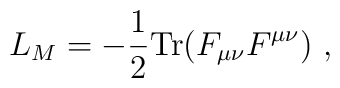
L_M= -\frac{1}{2} {\rm Tr} (F_{\mu\nu} F^{\mu\nu})\ ,